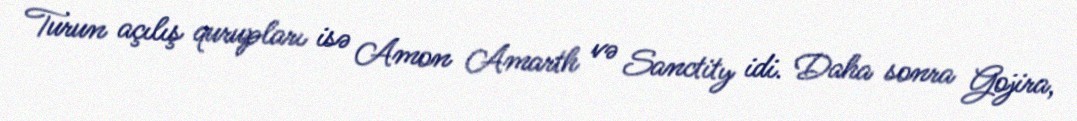
Turun açılış qurupları isə Amon Amarth və Sanctity idi. Daha sonra Gojira,